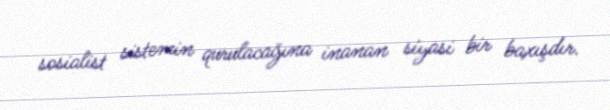
sosialist sistemin qurulacağına inanan siyasi bir baxışdır.